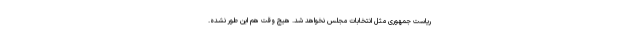
ریاست جمهوری مثل انتخابات مجلس نخواهد شد. هیچ وقت هم این طور نشده.